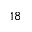
^ { 1 8 }